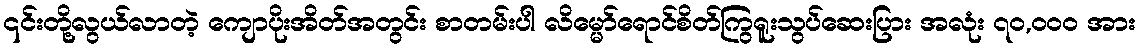
၎င်းတို့လွယ်လာတဲ့ ကျောပိုးအိတ်အတွင်း စာတမ်းပါ လိမ္မော်ရောင်စိတ်ကြွရူးသွပ်ဆေးပြား အလုံး ၇၀,၀၀၀ အား